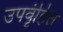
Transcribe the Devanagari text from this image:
उपवृंहित